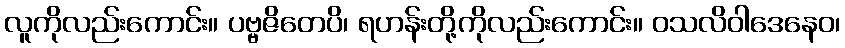
လူကိုလည်းကောင်း။ ပဗ္ဗဇိတေပိ၊ ရဟန်းတို့ကိုလည်းကောင်း။ ဝသလိဝါဒေနေဝ၊